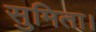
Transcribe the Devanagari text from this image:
सुमिता।